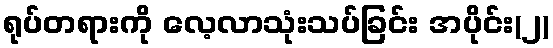
ရုပ်တရားကို လေ့လာသုံးသပ်ခြင်း အပိုင်း(၂)